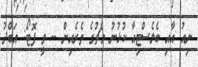
ނިއު އާއި ބެލެސްޓިއާ ކުޅުނު މެޗުގެ ތެރެއިން -- ވީ ފޮޓޯ: އަބްދު